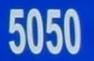
5050